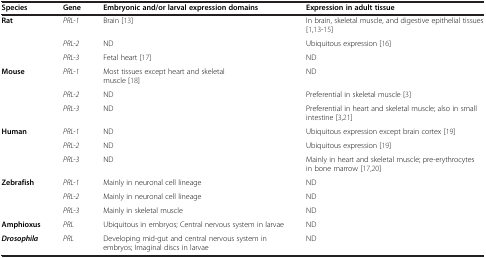
<table><thead><tr><td><b>Species</b></td><td><b>Gene</b></td><td><b>Embryonic and/or larval expression domains</b></td><td><b>Expression in adult tissue</b></td></tr></thead><tbody><tr><td rowspan="3"><b>Rat</b></td><td><i>PRL-1</i></td><td>Brain [13]</td><td>In brain, skeletal muscle, and digestive epithelial tissues [1,13-15]</td></tr><tr><td><i>PRL-2</i></td><td>ND</td><td>Ubiquitous expression [16]</td></tr><tr><td><i>PRL-3</i></td><td>Fetal heart [17]</td><td>ND</td></tr><tr><td rowspan="3"><b>Mouse</b></td><td><i>PRL-1</i></td><td>Most tissues except heart and skeletal muscle [18]</td><td>ND</td></tr><tr><td><i>PRL-2</i></td><td>ND</td><td>Preferential in skeletal muscle [3]</td></tr><tr><td><i>PRL-3</i></td><td>ND</td><td>Preferential in heart and skeletal muscle; also in small intestine [3,21]</td></tr><tr><td rowspan="3"><b>Human</b></td><td><i>PRL-1</i></td><td>ND</td><td>Ubiquitous expression except brain cortex [19]</td></tr><tr><td><i>PRL-2</i></td><td>ND</td><td>Ubiquitous expression [19]</td></tr><tr><td><i>PRL-3</i></td><td>ND</td><td>Mainly in heart and skeletal muscle; pre-erythrocytes in bone marrow [17,20]</td></tr><tr><td rowspan="3"><b>Zebrafish</b></td><td><i>PRL-1</i></td><td>Mainly in neuronal cell lineage</td><td>ND</td></tr><tr><td><i>PRL-2</i></td><td>Mainly in neuronal cell lineage</td><td>ND</td></tr><tr><td><i>PRL-3</i></td><td>Mainly in skeletal muscle</td><td>ND</td></tr><tr><td><b>Amphioxus</b></td><td><i>PRL</i></td><td>Ubiquitous in embryos; Central nervous system in larvae</td><td>ND</td></tr><tr><td><b><i>Drosophila</i></b></td><td><i>PRL</i></td><td>Developing mid-gut and central nervous system in embryos; Imaginal discs in larvae</td><td>ND</td></tr></tbody></table>